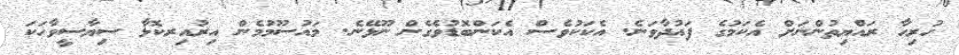
ހުރިހާ ރައްޔިތުންނަށް އެކަމުގެ ފައުދާވަަނެ. އެކަކުވެސް އެކަންބޮޑުވެގެން ނޫޅޭނެ. މައުސޫމުމެން އިރުއިރކޮޅާ ސިޔާސީވާހަކަ